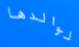
لوالدها